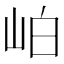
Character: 岶